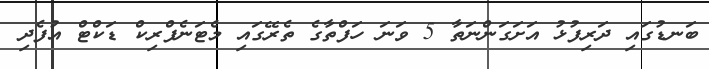
ބަނޑުގައި ދަރިފުޅު އަށަގަންނަތާ 5 ވަނަ ހަފްތާގެ ތެރޭގައި މެޓަނެފްރިކް ޑަކްޓް އުފެދި